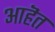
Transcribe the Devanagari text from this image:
आहॆत